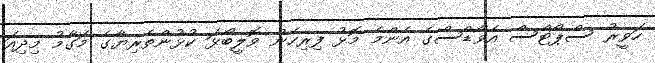
ހަވީރު ސްޕޯޓްސް އެވޯޑްސްގެ އެންމެ މޮޅު ފިރިހެން ވޮލީބޯޅަ ކުޅުންތެރިޔާގެ މަގާމު މިދިއަ